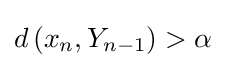
d\left(x_{n},Y_{n-1}\right)>\alpha